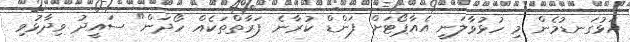
އަޅުގަނޑުމެން މި ހުޅުވާލަނީ އެއާޕޯޓަށް ފަންޑް ކުރާނެ ފަރާތްތަކެއް ހޯދަން" ސައީދު ވިދާޅުވި